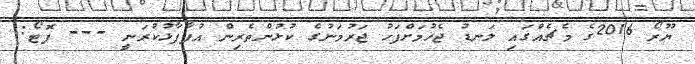
ޔޫރޯ 2016ގެ މެޗެއްގައި ލަނޑު ޖެހުމަށްފަހު ޖަރުމަނުގެ ކުޅުންތެރިން އުފާފާޅުކުރަނީ --- ފޮޓޯ: